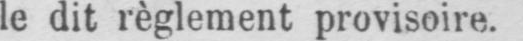
le dit règlement provisoire.